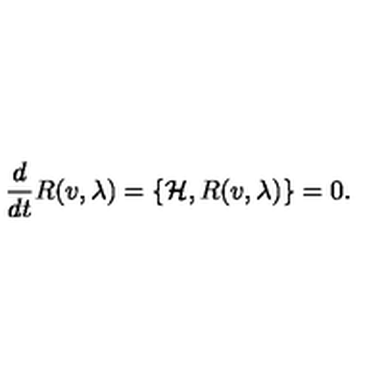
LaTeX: { \frac { d } { d t } } R ( v , \lambda ) = \{ \mathcal { H } , R ( v , \lambda ) \} = 0 .